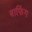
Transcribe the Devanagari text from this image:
बाफिंग